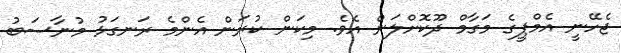
ޖެހޭނީ އެމްޕީގެ މަގާމް ދޫކޮށްލަން އެވެ. މިކަން ކުރަން އެންމެ ރަނގަޅު މުނާސަބު